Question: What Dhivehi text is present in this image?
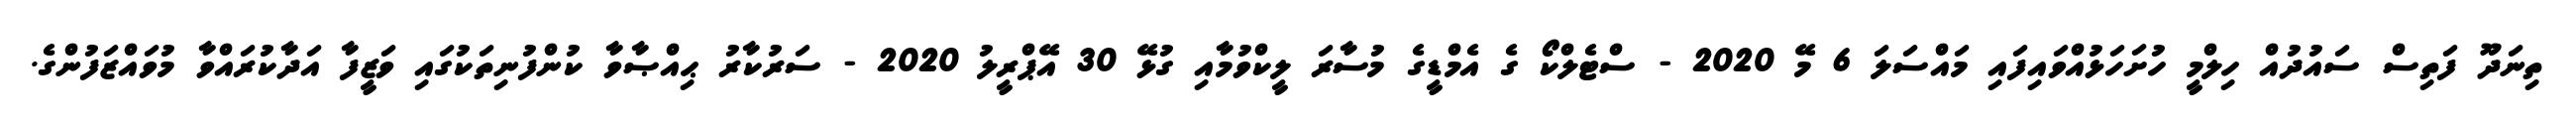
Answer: ތިނަދޫ ފަތިސް ސައުދުއް ހިލްމީ ހުށަހަޅުއްވައިފައި މައްސަލަ 6 މޭ 2020 - ސްޓެލްކޯ ގެ އެމްޑީގެ މުސާރަ ލީކްވުމާއި ގުޅޭ 30 އޭޕްރީލު 2020 - ސަރުކާރު ޙިއްޞާވާ ކުންފުނިތަކުގައި ވަޒީފާ އަދާކުރައްވާ މުވައްޒަފުންގެ.